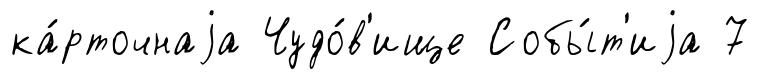
ка́рточнаjа Чудо́в'ище Собы́т'иjа 7